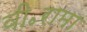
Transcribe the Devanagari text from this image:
वी॰रामा